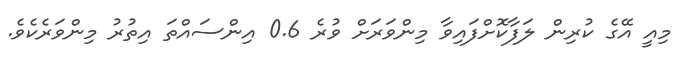
މިއީ އޭގެ ކުރިން ލަފާކޮށްފައިވާ މިންވަރަށް ވުރެ 0.6 އިންސައްތަ އިތުރު މިންވަރެކެވެ.